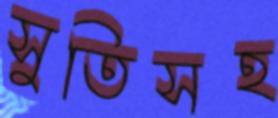
সুতিসহ